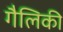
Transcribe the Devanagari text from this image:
गैलिकी